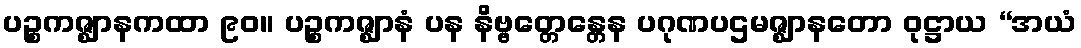
ပဉ္စကဇ္ဈာနကထာ ၉၀။ ပဉ္စကဇ္ဈာနံ ပန နိဗ္ဗတ္တေန္တေန ပဂုဏပဌမဇ္ဈာနတော ဝုဋ္ဌာယ “အယံ